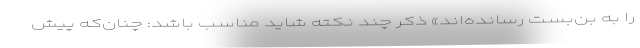
را به بن‌بست رسانده‌اند» ذکر چند نکته شاید مناسب باشد: چنان‌که پیش